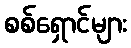
စစ်ရှောင်များ